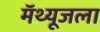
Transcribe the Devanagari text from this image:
मॅथ्यूजला